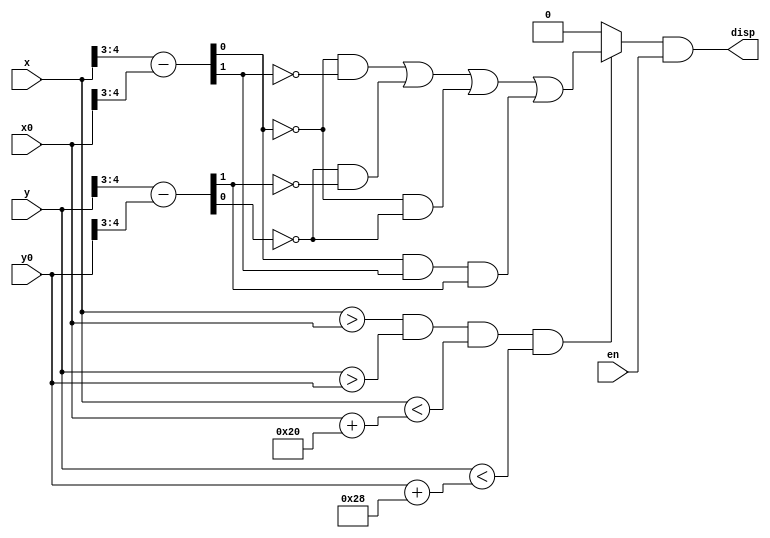
`timescale 1ns / 1ps

module G(
	input [9:0]x,y,x0,y0,
	input en,
	output disp
);

	wire [1:0] x_diff;
	wire [2:0] y_diff;
	wire check;
	
	assign x_diff = x[4:3] - x0[4:3];
	assign y_diff = y[5:3] - y0[5:3];	
	
	assign check = (x>x0 && y>y0 && x < (x0 + 10'b0000100000) && y < (y0 + 10'b0000101000))?(~x_diff[0]&~x_diff[1])|(~y_diff[0]&~y_diff[1])|(~x_diff[0]&~y_diff[0])|(x_diff[0]&x_diff[1]&y_diff[1]):0;

    assign disp = check&en;
		
endmodule